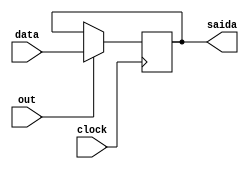
module EntradaSaida (data, out, clock,saida);

input [31:0] data;
input clock, out;
reg [31:0] ant;
output [31:0] saida;

always @ ( posedge clock )
begin
if(out)

ant = data;

end

assign saida = ant;
endmodule